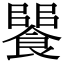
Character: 𩝵